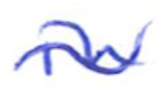
Text: in
Cross-out: mix
Writing tool: ballpoint